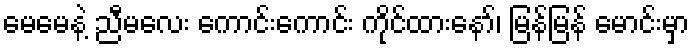
မေမေနဲ့ ညီမလေး ကောင်းကောင်း ကိုင်ထားနော်၊ မြန်မြန် မောင်းမှာ